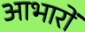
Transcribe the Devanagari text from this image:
आभारों